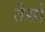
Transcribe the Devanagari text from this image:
तैसो